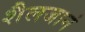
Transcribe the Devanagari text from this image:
शैलजानं